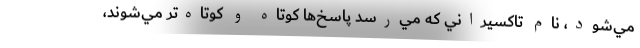
مي‌شود، نام تاكسيراني كه مي‌رسد پاسخ‌ها كوتاه و كوتاه‌تر مي‌شوند،